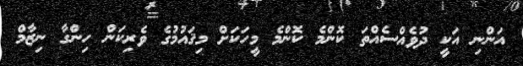
އަންނި އަކީ ދުވެއްސެއްތަ ކޮންމެ ކޮންމެ މީހަކަށް މިޤައުމުގެ ވެރިކަން ހިންގާ ނިޒާމް